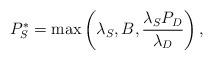
LaTeX: \begin{align*}P_{S}^{*} = \max \left(\lambda_{S}, B_{}, \frac{\lambda_SP_{D}}{\lambda_D} \right),\end{align*}